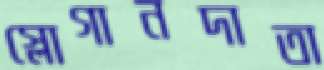
স্লোগানদাতা